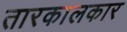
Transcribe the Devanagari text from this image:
तारकालकार